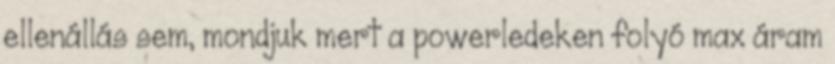
ellenállás sem, mondjuk mert a powerledeken folyó max áram